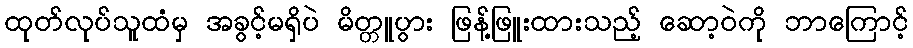
ထုတ်လုပ်သူထံမှ အခွင့်မရှိပဲ မိတ္တူပွား ဖြန့်ဖြူးထားသည့် ဆော့ဝဲကို ဘာကြောင့်